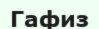
Гафиз